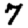
Digit: 7